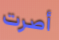
أصرت